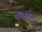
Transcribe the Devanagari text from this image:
डोक्टोरेट